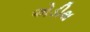
એડીથ